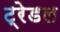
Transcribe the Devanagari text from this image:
ट्रेडल